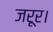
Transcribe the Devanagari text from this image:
जरूर।